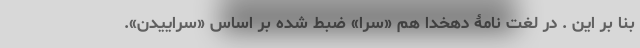
بنا بر این . در لغت نامۀ دهخدا هم «سَرا» ضبط شده بر اساس «سَراییدن».